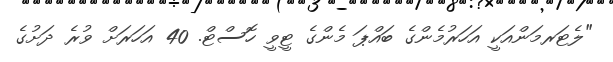
"ލެޓަރމަންއަކީ އަހަރުމެންގެ ބައްޕަ މެންގެ ޓީވީ ހޮސްޓް. 40 އަހަރަށް ވުރެ ދަށުގެ